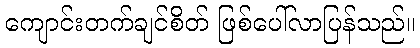
ကျောင်းတက်ချင်စိတ် ဖြစ်ပေါ်လာပြန်သည်။